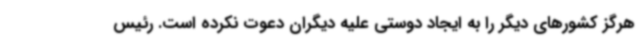
هرگز کشورهای دیگر را به ایجاد دوستی علیه دیگران دعوت نکرده است. رئیس